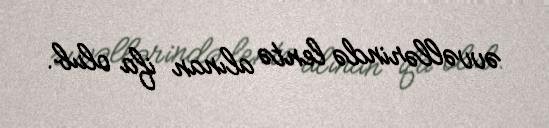
əvvəllərində lentə alınan ifa olub.